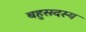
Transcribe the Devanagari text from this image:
बहुसदस्य